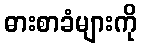
ဓားစာခံများကို